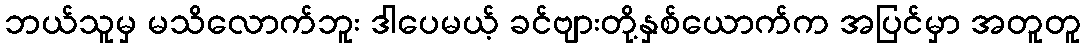
ဘယ်သူမှ မသိလောက်ဘူး ဒါပေမယ့် ခင်ဗျားတို့နှစ်ယောက်က အပြင်မှာ အတူတူ